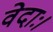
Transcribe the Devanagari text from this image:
वेदाः।